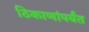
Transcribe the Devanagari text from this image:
ठिकाणांपर्यंत